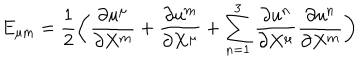
LaTeX: E _ { \mu \mathrm { m } } = { \frac { 1 } { 2 } } \biggl ( { \frac { \partial u ^ { \mu } } { \partial X ^ { \mathrm { m } } } } + { \frac { \partial u ^ { \mathrm { m } } } { \partial X ^ { \mu } } } + \sum _ { \mathrm { n } = 1 } ^ { 3 } { \frac { \partial u ^ { \mathrm { n } } } { \partial X ^ { \mu } } } { \frac { \partial u ^ { \mathrm { n } } } { \partial X ^ { \mathrm { m } } } } \biggr )